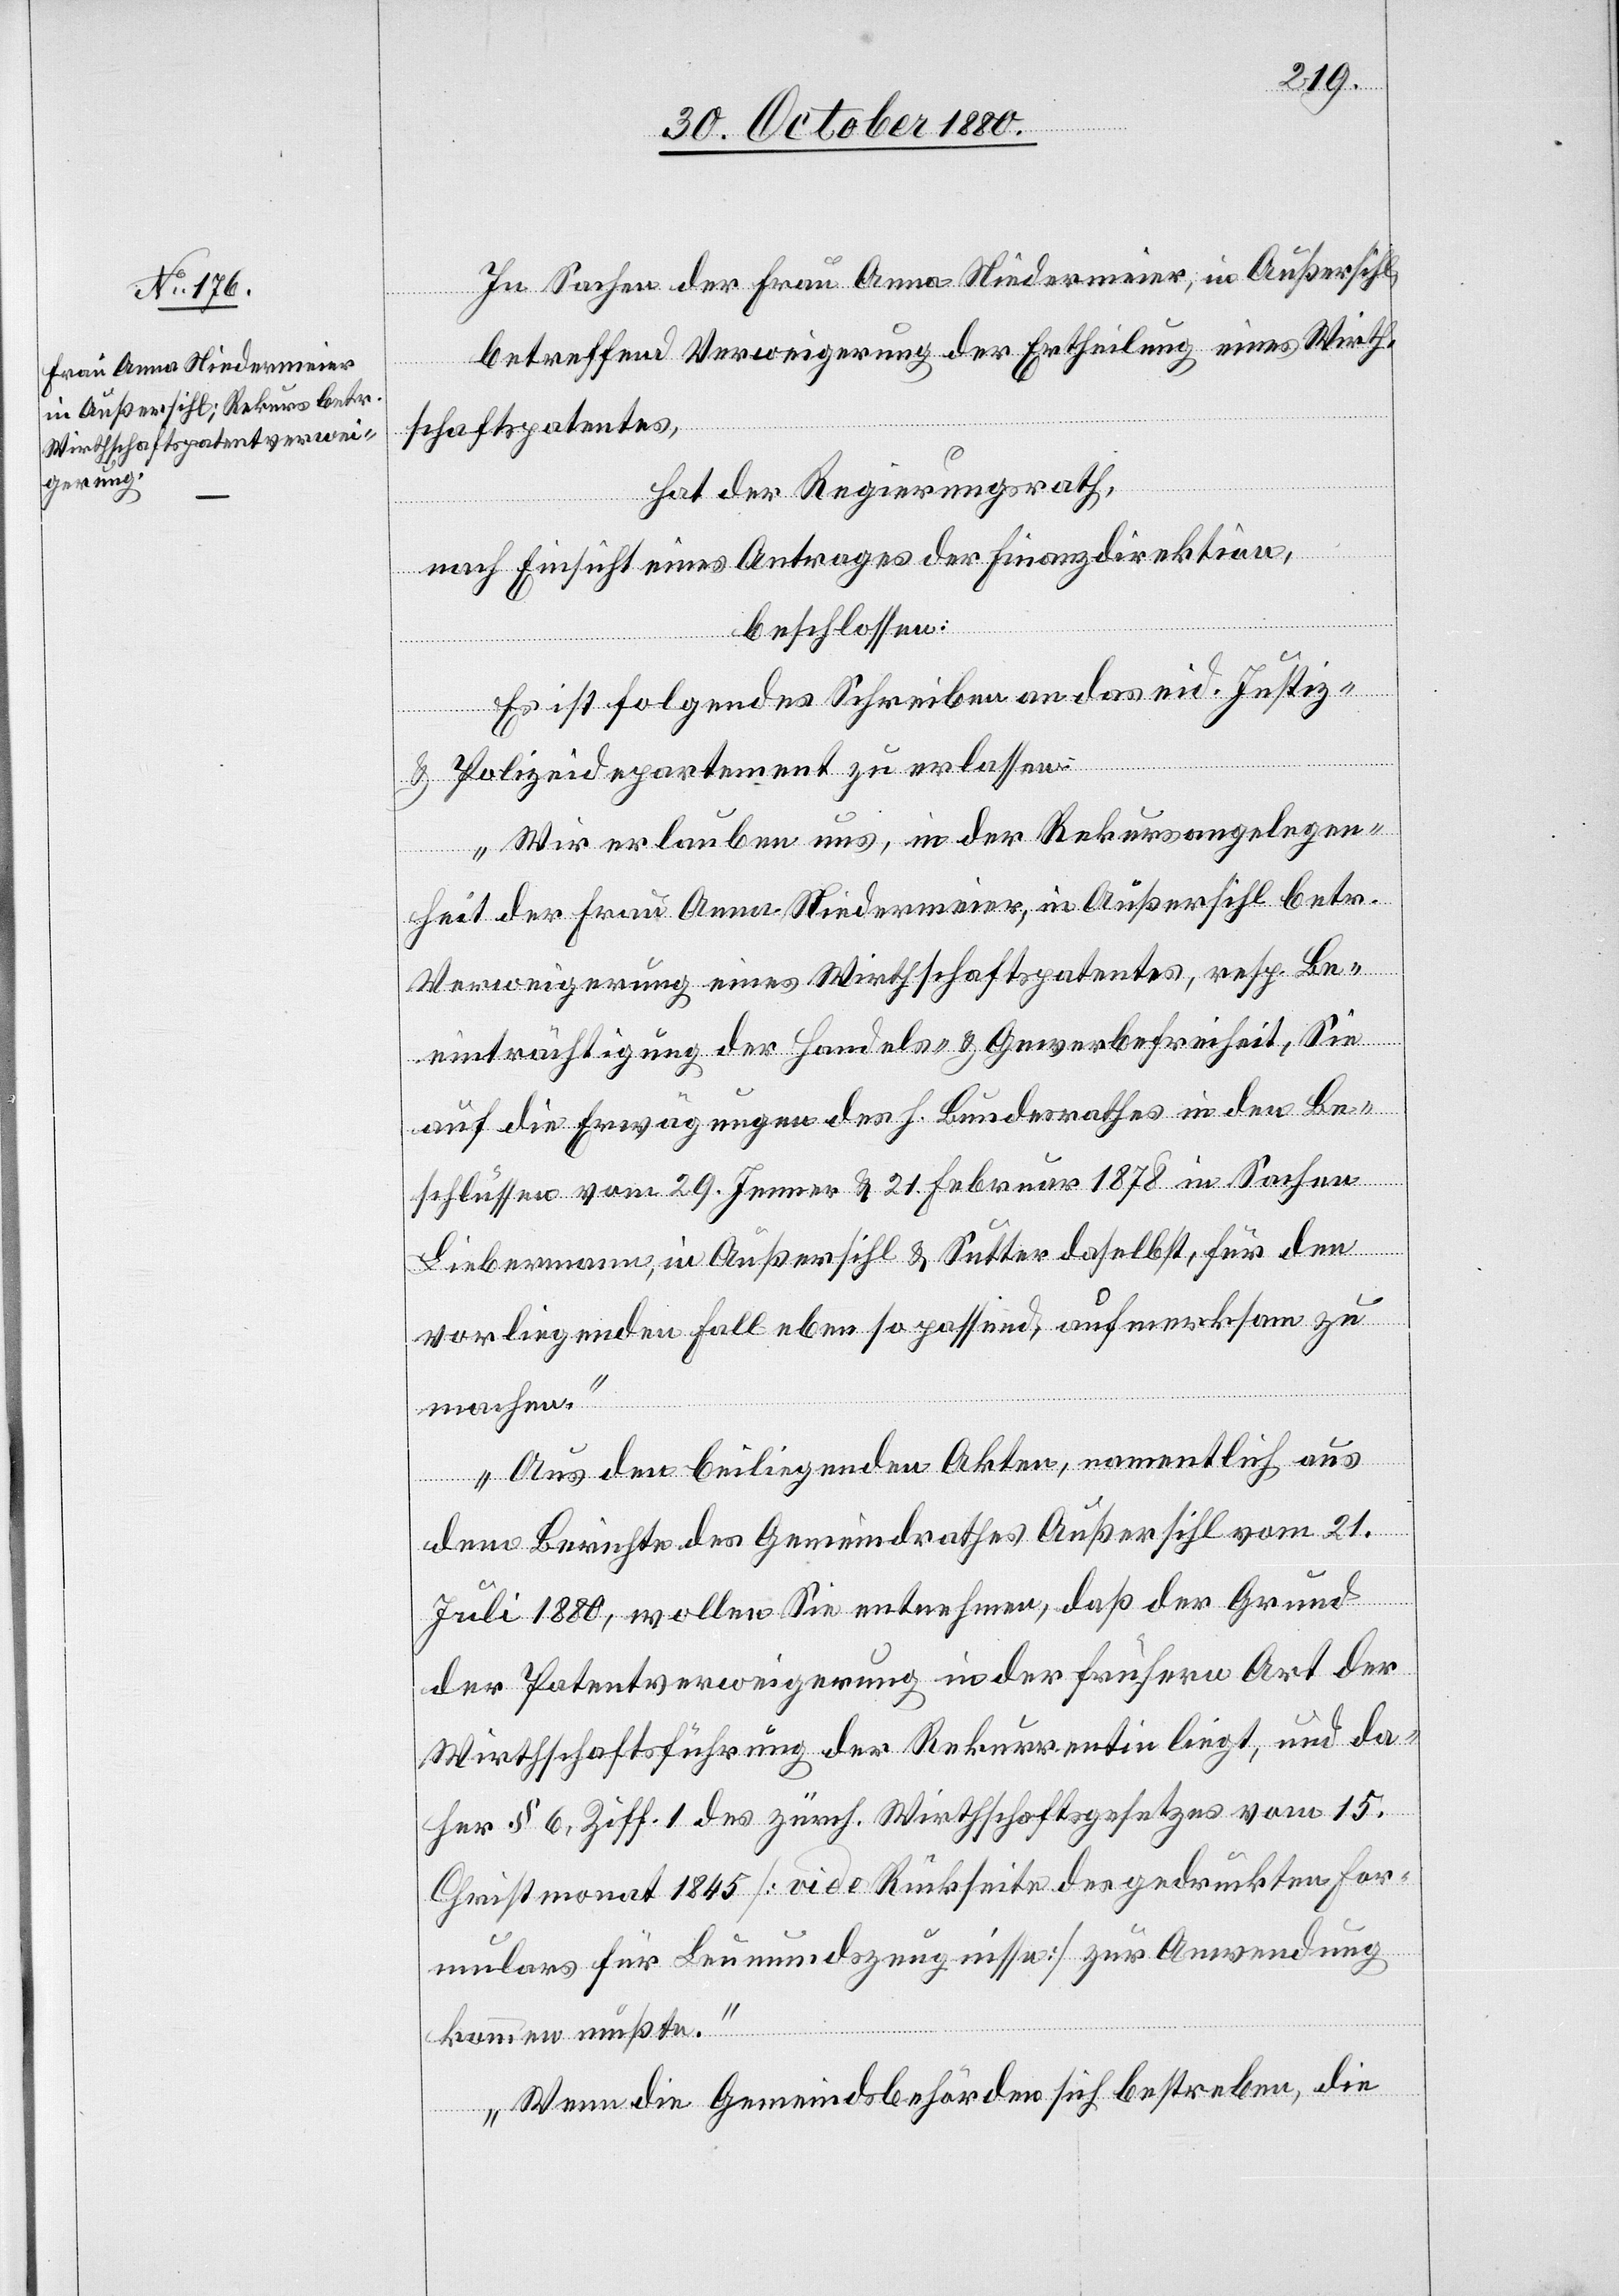
In Sachen der Frau Anna Niedermeier, in Außersihl,
betreffend Verweigerung der Ertheilung eines Wirth¬
schaftspatentes,
hat der Regierungsrath,
nach Einsicht eines Antrages der Finanzdirektion,
beschlossen:
Es ist folgendes Schreiben an das eid. Justiz-
& Polizeidepartement zu erlassen:
„Wir erlauben uns, in der Rekursangelegen¬
heit der Frau Anna Niedermeier, in Außersihl betr.
Verweigerung eines Wirthschaftspatentes, resp. Be¬
einträchtigung der Handels- & Gewerbefreiheit, Sie
auf die Erwägungen des h. Bundesrathes in den Be¬
schlüssen vom 29. Jenner & 21. Februar 1878 in Sachen
Liebermann, in Außersihl & Sutter daselbst, für den
vorliegenden Fall eben so passend, aufmerksam zu
machen.
Aus den beiliegenden Akten, namentlich aus
dem Berichte des Gemeindrathes Außersihl vom 21.
Juli 1880, wollen Sie entnehmen, daß der Grund
der Patentverweigerung in der frühern Art der
Wirthschaftsführung der Rekurrentin liegt, und da¬
her § 6 Ziff. 1 des zürch. Wirthschaftsgesetzes vom 15.
Christmonat 1845 [vide Rückseite des gedruckten For¬
mulars für Leumundszeugnisse] zur Anwendung
kommen müßte.
Wenn die Gemeindsbehörden sich bestreben, die